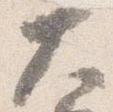
大